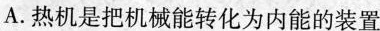
A.热机是把机械能转化为内能的装置